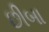
છીબા